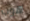
هوب